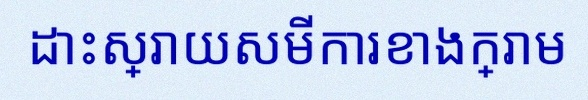
ដោះស្រាយសមីការខាងក្រោម